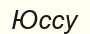
Юссу